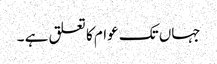
جہاں تک عوام کا تعلق ہے ۔